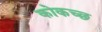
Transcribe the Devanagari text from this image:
कोकच्छ